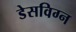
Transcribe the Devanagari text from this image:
डेसविग्न